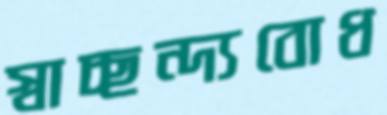
স্বাচ্ছন্দ্যবোধ